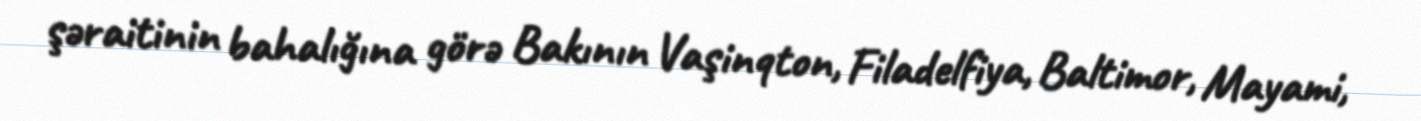
şəraitinin bahalığına görə Bakının Vaşinqton, Filadelfiya, Baltimor, Mayami,